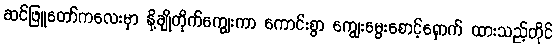
ဆင်ဖြူတော်ကလေးမှာ နို့ချိုတိုက်ကျွေးကာ ကောင်းစွာ ကျွေးမွေးစောင့်ရှောက် ထားသည့်တိုင်